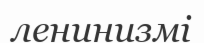
ленинизмі